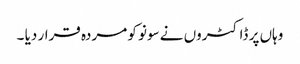
وہاں پر ڈاکٹروں نے سونو کو مردہ قرار دیا ۔